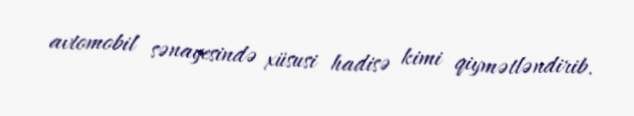
avtomobil sənayesində xüsusi hadisə kimi qiymətləndirib.